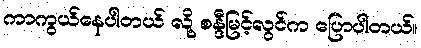
ကာကွယ်နေပါတယ် လို့ စန္ဒီမြင့်လွင်က ပြောပါတယ်။